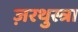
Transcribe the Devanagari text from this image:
ज़रथुस्त्रा